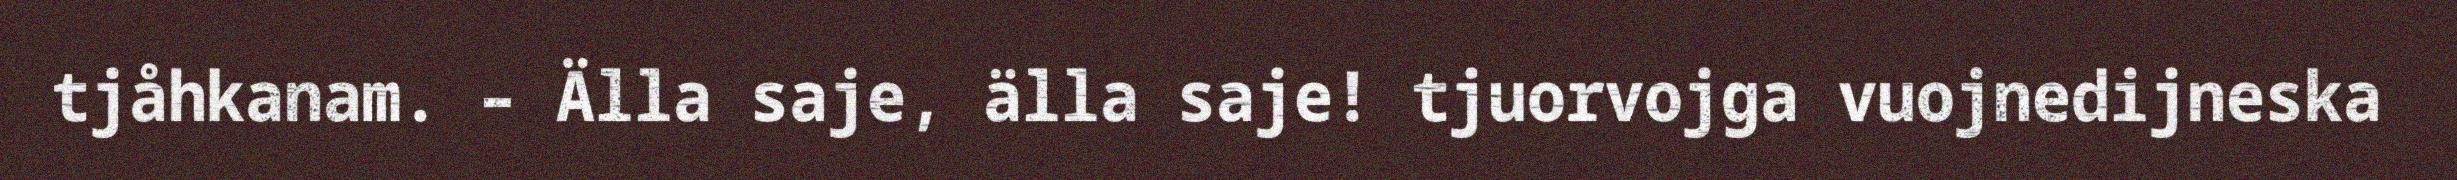
tjåhkanam. – Älla saje, älla saje! tjuorvojga vuojnedijneska